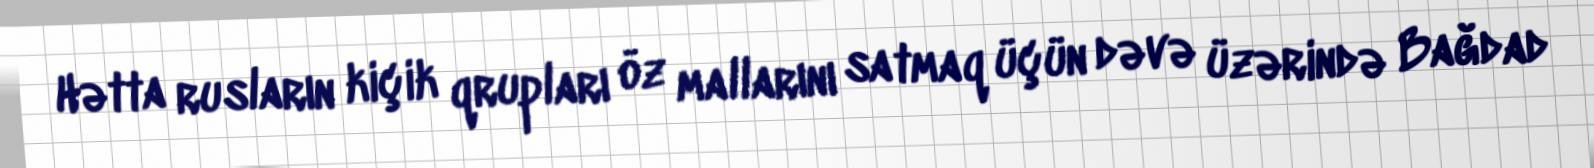
Hətta rusların kiçik qrupları öz mallarını satmaq üçün dəvə üzərində Bağdad